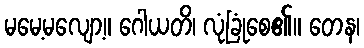
မမေ့မလျော့။ ဂေါယတိ၊ လုံခြုံစေ၏။ တေန၊